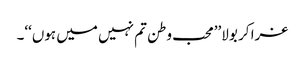
غرا کر بولا’’محب وطن تم نہیں میں ہوں‘‘۔